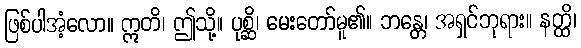
ဖြစ်ပါအံ့လော။ ဣတိ၊ ဤသို့။ ပုစ္ဆိ၊ မေးတော်မူ၏။ ဘန္တေ၊ အရှင်ဘုရား။ နတ္ထိ၊